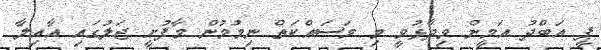
ޕީ އަބްދު އަމީން ވިދާޅުވީ މި މަސައްކަތް ނިމުމުން މާފުށީ ޖަލުގައި އާއިލާ